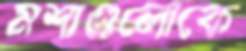
মশাগুলোকে